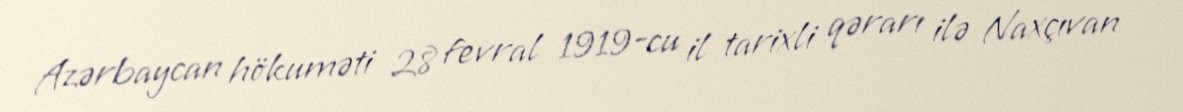
Azərbaycan hökuməti 28 fevral 1919-cu il tarixli qərarı ilə Naxçıvan